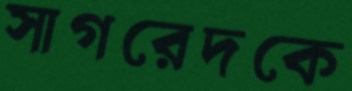
সাগরেদকে